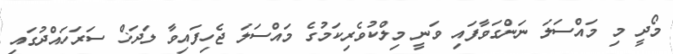
މޯދީ މި މައްސަލަ ނަންގަވާފައި ވަނީ މިލްކުވެރިކަމުގެ މައްސަލަ ޖެހިފައިވާ ލަދަޚް ސަރަހައްދުގައި